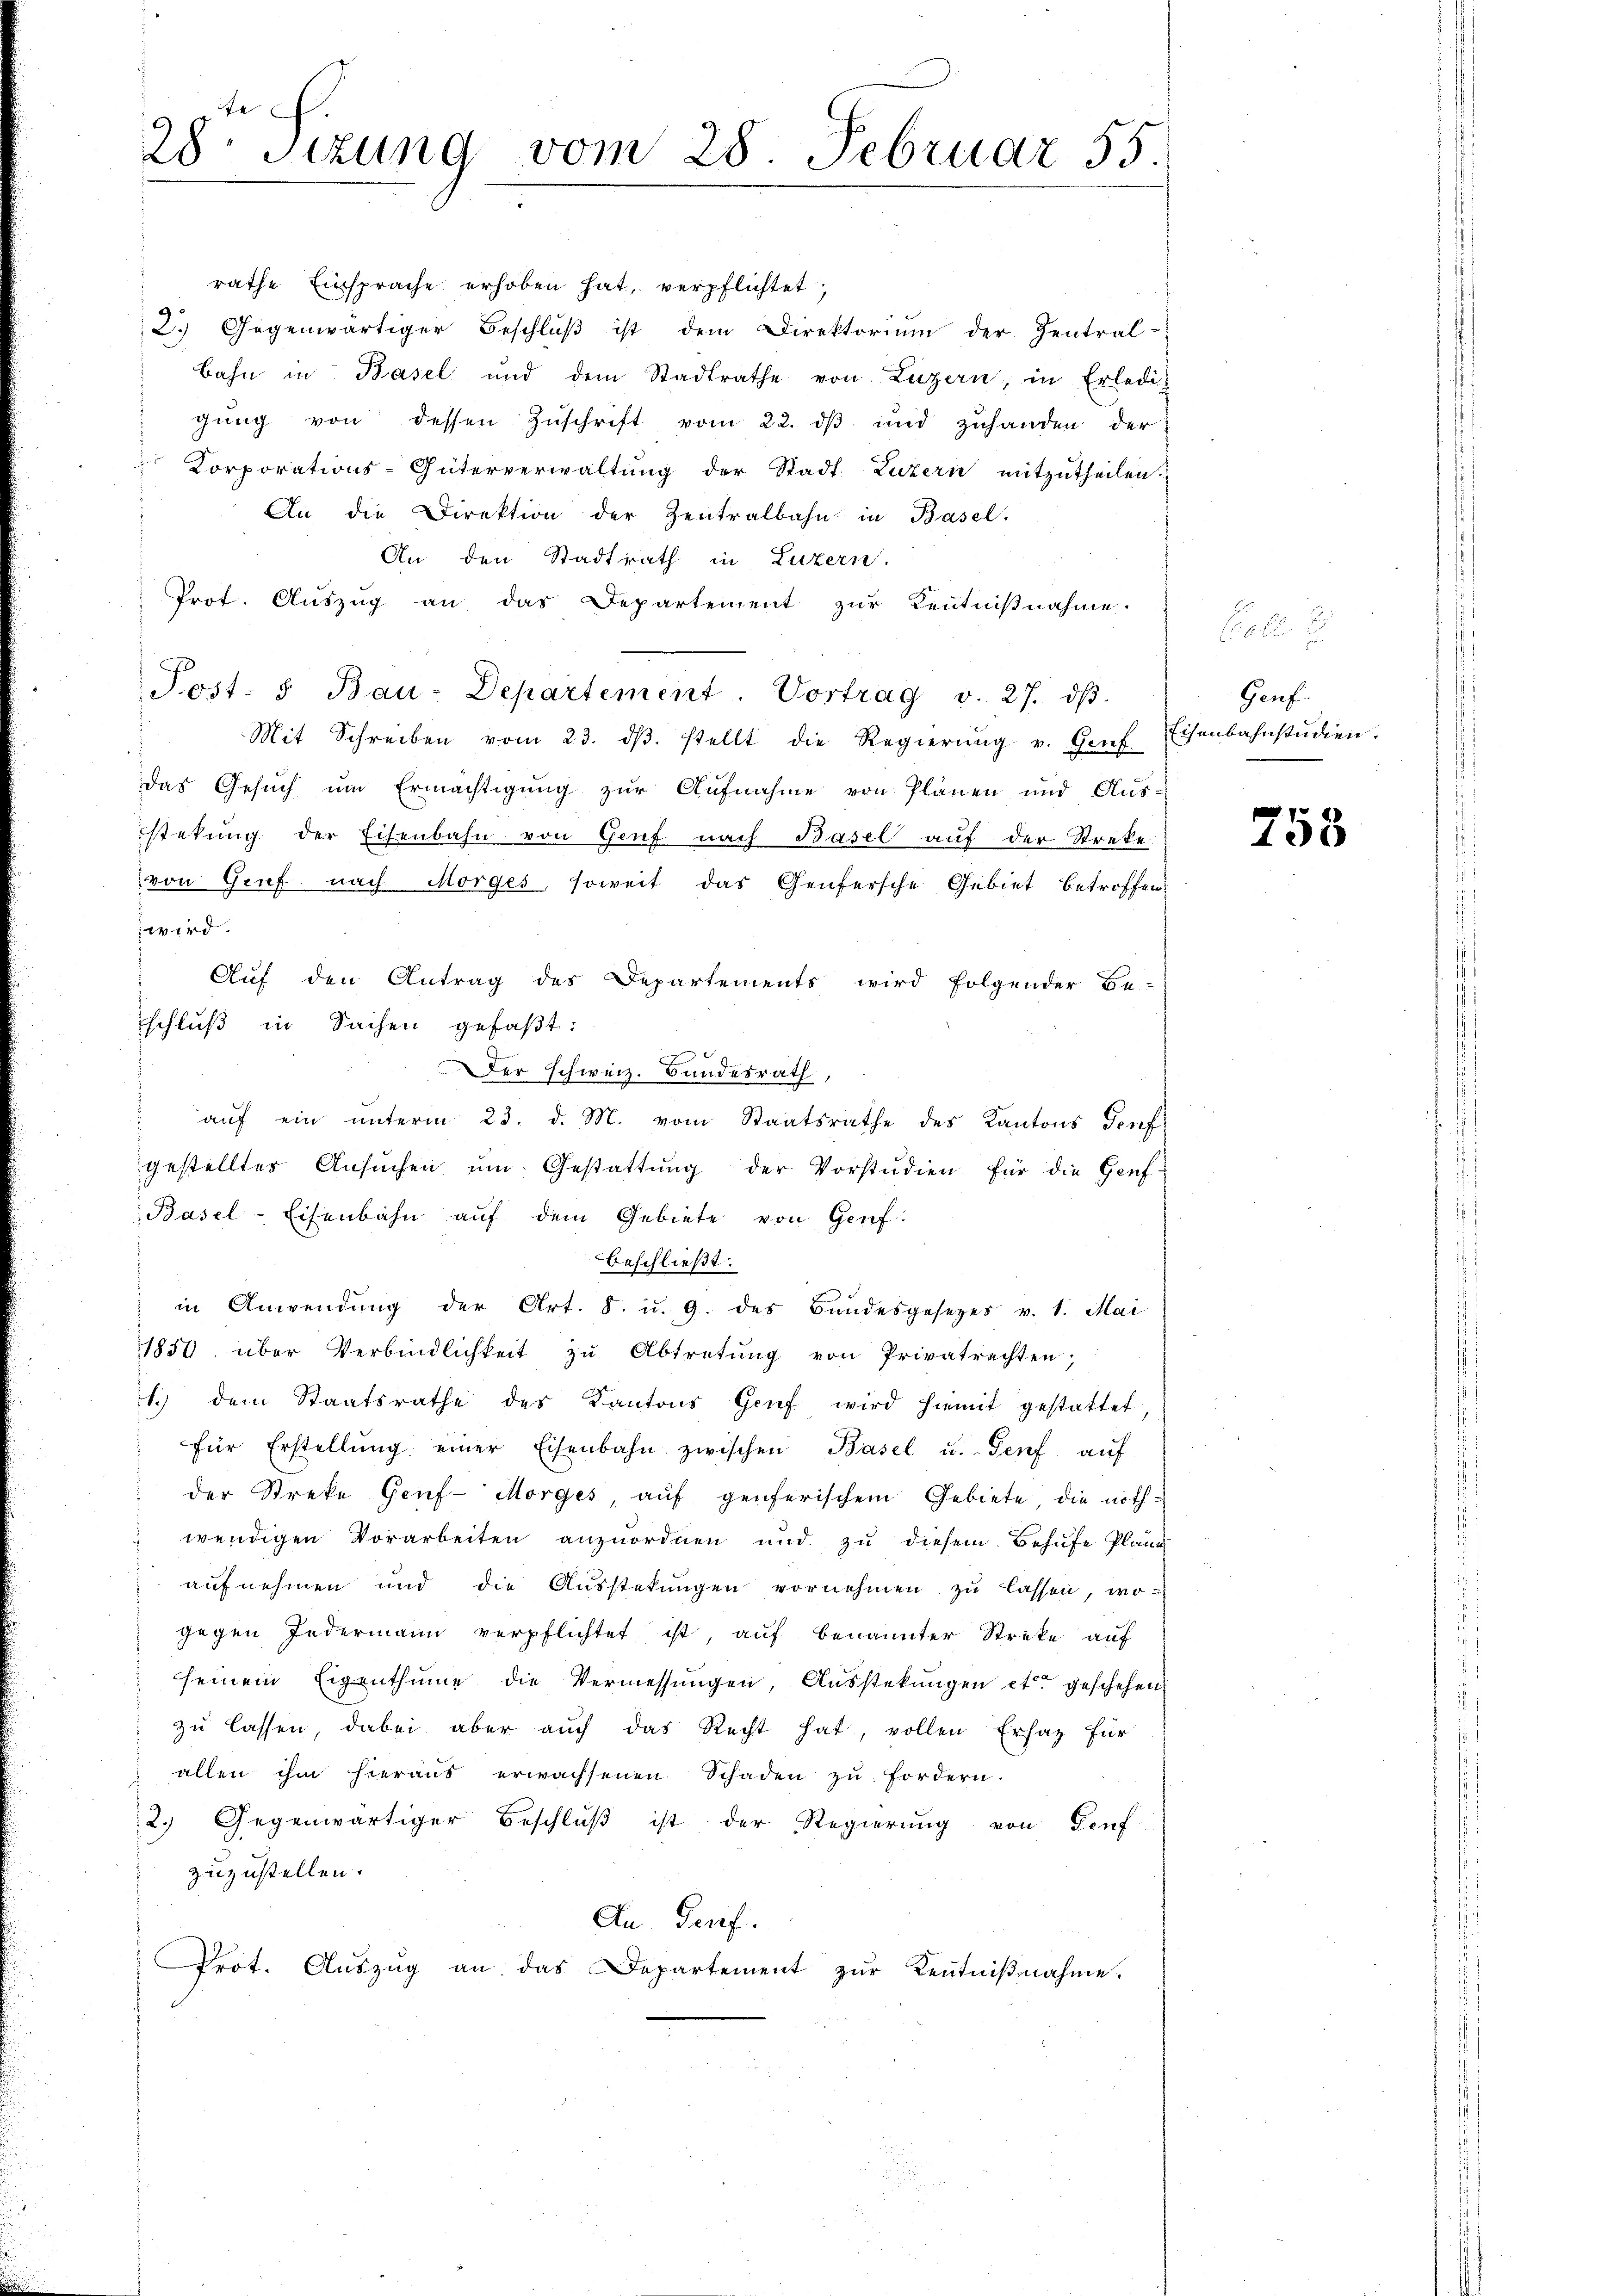
28 sizung vom 28. Februar 55.

rathe Einsprache erhoben hat, verpflichtet,
2. Gegenwärtiger Beschlŭβ ist dem Direktorium der Zentral-
bahn in Basel und dem Stadtrathe von Luzern, in Erledig
gŭng von dessen Zuschrift vom 22. dβ und zuhanden der
Korporations-Güterverwaltŭng der Stadt Luzern mitzŭtheilen.
An die Direktion der Zentralbahn in Basel.
An den Stadtrath in Luzern.
Prot. Aŭszŭg an das Departement zŭr Kenntniβnahme.
Post- u Bau-Departement. Vortrag v. 27. dβ
Mit Schreiben vom 23. dβ. stellt die Regierŭng v. Genf
das Gesuch um Ermächtigung zur Aufnahme von Plänen und Ausstekung der Eisenbahn von Genf nach Basel auf der Streke
von Genf nach Morges, soweit das Genfersche Gebiet betroffen
wird.
Auf den Antrag des Departements wird folgender Be-
schluß in Sachen gefaßt:
Der schweiz. Bundesrath,
 aŭf ein unterm 23. d. M. vom Staatsrathe des Kantons Genf
gestelltes Ansŭchen ŭm Gestattŭng der Vorstudien für die Genf
Basel-Eisenbahn auf dem Gebiete von Genf.
beschließt:
in Anwendŭng der Art. 8. u. 9. des Bundesgesezes v. 1. Mai
1850 über Verbindlichkeit zŭ Abtretŭng von Privatrechten;
1.) dem Staatsrathe des Kantons Genf wird hiemit gestattet,
" für Erstellŭng einer Eisenbahn zwischen Basel u. Genf aŭf
der Streke Genf Morges, aŭf geferischem Gebiete die nothwendigen Vorarbeiten anzuordnen und zu diesem Behufe Pländ
aufnehmen und die Ausstekungen vornehmen zu lassen, wo
gegen Jedermann verpflichtet ist, auf benannter Streke auf
seinem Eigenthume die Vermessungen, Ausstekungen etc. geschehen
zu lassen, dabei aber auch das Recht hat, vollen Ersatz für
 allen ihm hieraus erwachsenen Schaden zŭ fordern.
2.) Gegenwärtiger Beschlŭβ ist der Regierŭng von Genf
zuzustellen.
An Genf.
Prot. Aŭszŭg an das Departement zŭr Keṅtniβnahme.

Genf
Eisenbahnstudien.

758